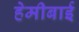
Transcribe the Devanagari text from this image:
हेमीबाई